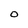
Character: O